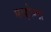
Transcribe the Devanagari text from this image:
मस्होन्डा